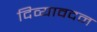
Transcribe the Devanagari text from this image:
दिव्‍यावदन